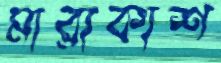
মারাকাশ